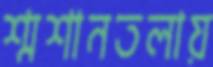
শ্মশানতলায়